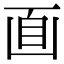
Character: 𠚑